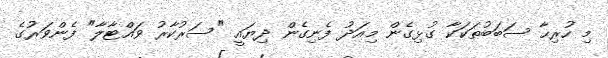
މި ހުރިހާ ސަބަބުތަކަކާ ގުޅިގެން މިއަދު ފެނިގެން ދިޔައީ "ސަރުކާރު ވައްޓާލާ" ފެންވަރުގެ